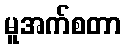
မူအက်စတာ